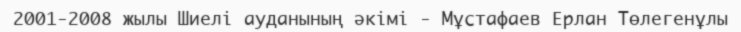
2001-2008 жылы Шиелі ауданының әкімі - Мұстафаев Ерлан Төлегенұлы